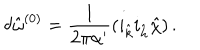
\delta { \hat { \omega } } ^ { ( 0 ) } = \frac { 1 } { 2 \pi \alpha ^ { \prime } } ( i _ { \hat { k } } i _ { \hat { h } } { \hat { \chi } } ) \, .